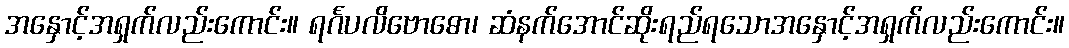
အနှောင့်အရှက်လည်းကောင်း။ ရင်္ဂပလိဗောဓော၊ ဆံနက်အောင်ဆိုးရည်ရသောအနှောင့်အရှက်လည်းကောင်း။